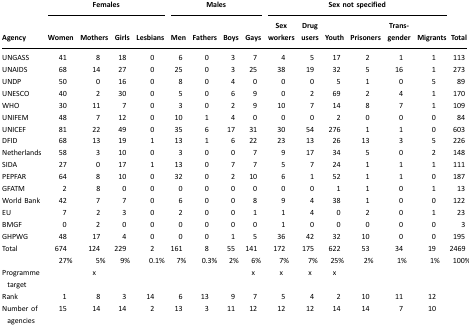
<table><thead><tr><td></td><td colspan="4"><b>Females</b></td><td colspan="4"><b>Males</b></td><td colspan="6"><b>Sex not specified</b></td><td></td></tr><tr><td><b>Agency</b></td><td><b>Women</b></td><td><b>Mothers</b></td><td><b>Girls</b></td><td><b>Lesbians</b></td><td><b>Men</b></td><td><b>Fathers</b></td><td><b>Boys</b></td><td><b>Gays</b></td><td><b>Sex workers</b></td><td><b>Drug users</b></td><td><b>Youth</b></td><td><b>Prisoners</b></td><td><b>Trans-gender</b></td><td><b>Migrants</b></td><td><b>Total</b></td></tr></thead><tbody><tr><td>UNGASS</td><td>41</td><td>8</td><td>18</td><td>0</td><td>6</td><td>0</td><td>3</td><td>7</td><td>4</td><td>5</td><td>17</td><td>2</td><td>1</td><td>1</td><td>113</td></tr><tr><td>UNAIDS</td><td>68</td><td>14</td><td>27</td><td>0</td><td>25</td><td>0</td><td>3</td><td>25</td><td>38</td><td>19</td><td>32</td><td>5</td><td>16</td><td>1</td><td>273</td></tr><tr><td>UNDP</td><td>50</td><td>0</td><td>16</td><td>0</td><td>8</td><td>0</td><td>4</td><td>0</td><td>0</td><td>0</td><td>5</td><td>1</td><td>0</td><td>5</td><td>89</td></tr><tr><td>UNESCO</td><td>40</td><td>2</td><td>30</td><td>0</td><td>5</td><td>0</td><td>6</td><td>9</td><td>0</td><td>2</td><td>69</td><td>2</td><td>4</td><td>1</td><td>170</td></tr><tr><td>WHO</td><td>30</td><td>11</td><td>7</td><td>0</td><td>3</td><td>0</td><td>2</td><td>9</td><td>10</td><td>7</td><td>14</td><td>8</td><td>7</td><td>1</td><td>109</td></tr><tr><td>UNIFEM</td><td>48</td><td>7</td><td>12</td><td>0</td><td>10</td><td>1</td><td>4</td><td>0</td><td>0</td><td>0</td><td>2</td><td>0</td><td>0</td><td>0</td><td>84</td></tr><tr><td>UNICEF</td><td>81</td><td>22</td><td>49</td><td>0</td><td>35</td><td>6</td><td>17</td><td>31</td><td>30</td><td>54</td><td>276</td><td>1</td><td>1</td><td>0</td><td>603</td></tr><tr><td>DFID</td><td>68</td><td>13</td><td>19</td><td>1</td><td>13</td><td>1</td><td>6</td><td>22</td><td>23</td><td>13</td><td>26</td><td>13</td><td>3</td><td>5</td><td>226</td></tr><tr><td>Netherlands</td><td>58</td><td>3</td><td>10</td><td>0</td><td>3</td><td>0</td><td>0</td><td>7</td><td>9</td><td>17</td><td>34</td><td>5</td><td>0</td><td>2</td><td>148</td></tr><tr><td>SIDA</td><td>27</td><td>0</td><td>17</td><td>1</td><td>13</td><td>0</td><td>7</td><td>7</td><td>5</td><td>7</td><td>24</td><td>1</td><td>1</td><td>1</td><td>111</td></tr><tr><td>PEPFAR</td><td>64</td><td>8</td><td>10</td><td>0</td><td>32</td><td>0</td><td>2</td><td>10</td><td>6</td><td>1</td><td>52</td><td>1</td><td>1</td><td>0</td><td>187</td></tr><tr><td>GFATM</td><td>2</td><td>8</td><td>0</td><td>0</td><td>0</td><td>0</td><td>0</td><td>0</td><td>0</td><td>0</td><td>1</td><td>1</td><td>0</td><td>1</td><td>13</td></tr><tr><td>World Bank</td><td>42</td><td>7</td><td>7</td><td>0</td><td>6</td><td>0</td><td>0</td><td>8</td><td>9</td><td>4</td><td>38</td><td>1</td><td>0</td><td>0</td><td>122</td></tr><tr><td>EU</td><td>7</td><td>2</td><td>3</td><td>0</td><td>2</td><td>0</td><td>0</td><td>1</td><td>1</td><td>4</td><td>0</td><td>2</td><td>0</td><td>1</td><td>23</td></tr><tr><td>BMGF</td><td>0</td><td>2</td><td>0</td><td>0</td><td>0</td><td>0</td><td>0</td><td>0</td><td>1</td><td>0</td><td>0</td><td>0</td><td>0</td><td>0</td><td>3</td></tr><tr><td>GHPWG</td><td>48</td><td>17</td><td>4</td><td>0</td><td>0</td><td>0</td><td>1</td><td>5</td><td>36</td><td>42</td><td>32</td><td>10</td><td>0</td><td>0</td><td>195</td></tr><tr><td>Total</td><td>674</td><td>124</td><td>229</td><td>2</td><td>161</td><td>8</td><td>55</td><td>141</td><td>172</td><td>175</td><td>622</td><td>53</td><td>34</td><td>19</td><td>2469</td></tr><tr><td></td><td>27%</td><td>5%</td><td>9%</td><td>0.1%</td><td>7%</td><td>0.3%</td><td>2%</td><td>6%</td><td>7%</td><td>7%</td><td>25%</td><td>2%</td><td>1%</td><td>1%</td><td>100%</td></tr><tr><td>Programme target</td><td></td><td>x</td><td></td><td></td><td></td><td></td><td></td><td>x</td><td>x</td><td>x</td><td>x</td><td></td><td></td><td></td><td></td></tr><tr><td>Rank</td><td>1</td><td>8</td><td>3</td><td>14</td><td>6</td><td>13</td><td>9</td><td>7</td><td>5</td><td>4</td><td>2</td><td>10</td><td>11</td><td>12</td><td></td></tr><tr><td>Number of agencies</td><td>15</td><td>14</td><td>14</td><td>2</td><td>13</td><td>3</td><td>11</td><td>12</td><td>12</td><td>12</td><td>14</td><td>14</td><td>7</td><td>10</td><td></td></tr></tbody></table>